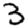
Digit: 3